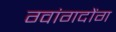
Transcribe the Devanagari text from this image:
ग्वांगदोंग